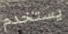
يستخدم